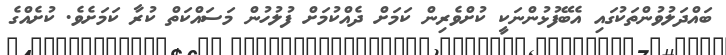
ބައްދަލުވުންތަކުގައި އެބޭފުޅުންނަކީ ކުށްވެރިން ކަމަށް ދެއްކުމަށް ފުލުހުން މަސައްކަތް ކުރާ ކަމަށެވެ. ކުށެއްގެ